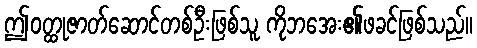
ဤဝတ္ထုဇာတ်ဆောင်တစ်ဦးဖြစ်သူ ကိုဘအေး၏ဖခင်ဖြစ်သည်။